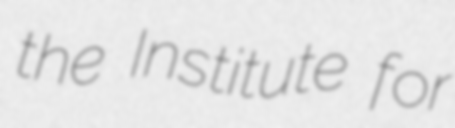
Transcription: the Institute for